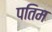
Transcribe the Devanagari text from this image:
पतिम